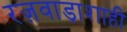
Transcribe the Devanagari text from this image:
रज़वाड़ाशाही